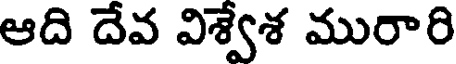
ఆది దేవ విశ్వేశ మురారి